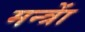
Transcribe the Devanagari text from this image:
मन्त्राें